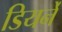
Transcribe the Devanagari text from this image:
डियर्ने